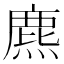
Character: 麃